Eesti_Vabariigi_Tartu_Ulikool, lk 169
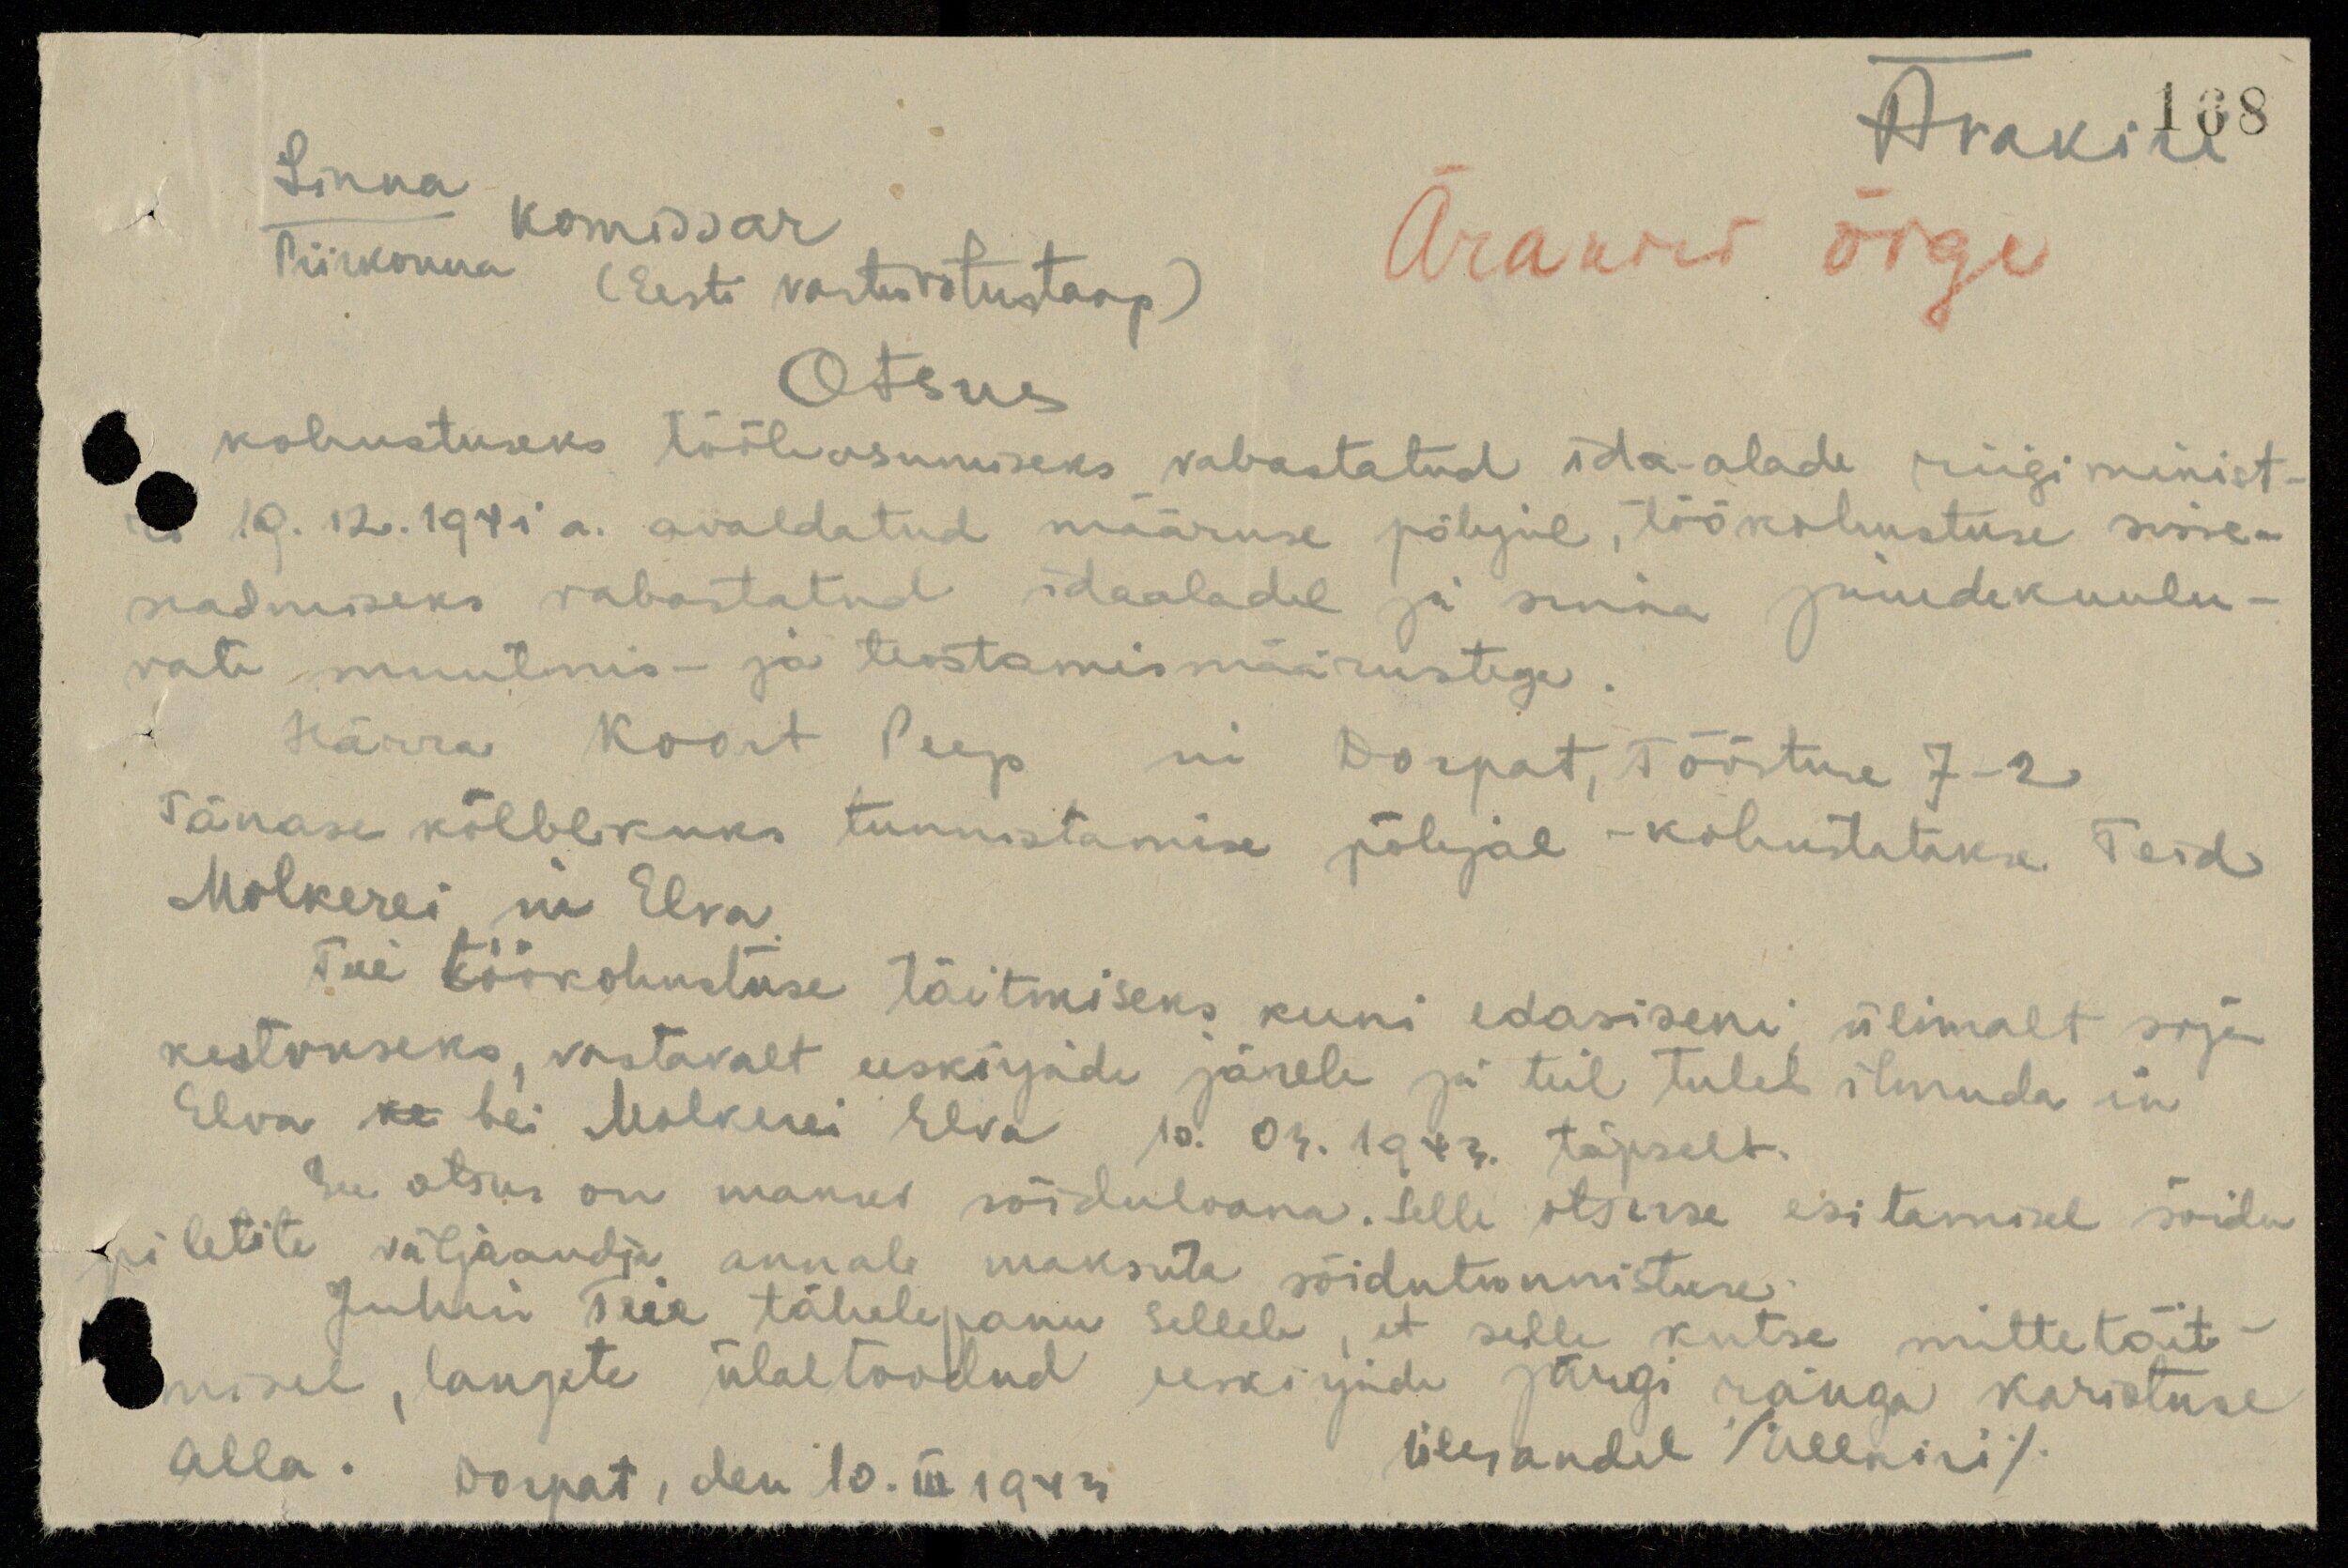
Ärakiri 188
Linna komissar
Piirkonna (Eesti vastuvõtustaap)
Ärakiri õige
Otsus
kohustuseks tööleasumiseks vabastatud ida-alade riigiminist-
ri 19. 12. 1941 a. avaldatud määruse põhjal, töökohustuse sisse-
seadmiseks vabastatud idaaladel ja sinna juurdekuulu-
vate muutmis- ja teostamismäärustega.
Härra Koort Peep in Dorpat, Tööstuse 7-2
Tänase kõlblikuks tunnistamise põhjal - kohustatakse Teid
Molkerei in Elva
Teie töökohustuse täitmiseks kuni edasiseni ülimalt sõja
kestvuseks, vastavalt eeskirjade järele ja teil tuleb ilmuda in
Elva ka bei Molkerei Elva 10. 03.1943 täpselt.
See otsus on manus sõiduloana. Selle otsuse esitamisel sõidu
piletite väljaandja annab maksuta sõidutunnistuse.
Juhin Teie tähelepanu sellele, et selle kutse mittetäit-
misel, langete ülaltoodud eeskirjade järgi ränga karistuse
alla.
Dorpat, den 10. III 1943
Ülesandel /Allkiri/